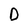
Character: D